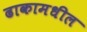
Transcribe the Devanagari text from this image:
ढाकामधील